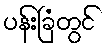
ပန်းခြံတွင်